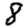
Digit: 8